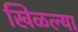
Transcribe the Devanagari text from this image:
खिळल्या